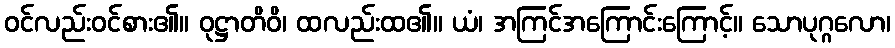
ဝင်လည်းဝင်စား၏။ ဝုဋ္ဌာတိဝိ၊ ထလည်းထ၏။ ယံ၊ အကြင်အကြောင်းကြောင့်။ သောပုဂ္ဂလော၊